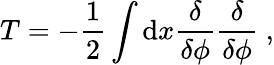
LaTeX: T=-{\frac{1}{2}}\int\mathrm{d}x{\frac{\delta}{\delta\phi}}{\frac{\delta}{\delta\phi}}\; ,